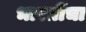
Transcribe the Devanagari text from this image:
भारतींचा